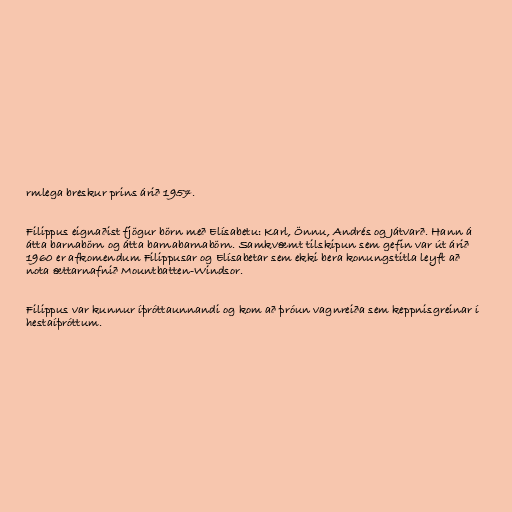
rmlega breskur prins árið 1957.

Filippus eignaðist fjögur börn með Elísabetu: Karl, Önnu, Andrés og Játvarð. Hann á
átta barnabörn og átta barnabarnabörn. Samkvæmt tilskipun sem gefin var út árið
1960 er afkomendum Filippusar og Elísabetar sem ekki bera konungstitla leyft að
nota ættarnafnið Mountbatten-Windsor.

Filippus var kunnur íþróttaunnandi og kom að þróun vagnreiða sem keppnisgreinar í
hestaíþróttum.